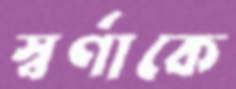
স্বর্ণাকে